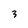
Character: 3